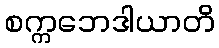
စက္ကဘေဒါယာတိ